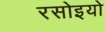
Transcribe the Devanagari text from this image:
रसोइयो